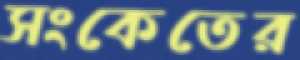
সংকেতের